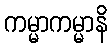
ကမ္မာကမ္မာနိ